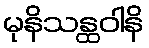
မုနိသန္ထဝါနိ